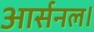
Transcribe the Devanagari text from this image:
आर्सनल।